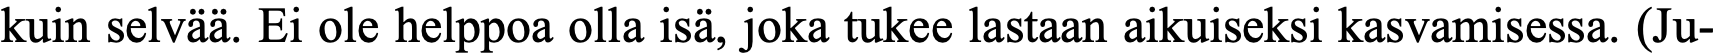
kuin selvää. Ei ole helppoa olla isä, joka tukee lastaan aikuiseksi kasvamisessa. (Ju-